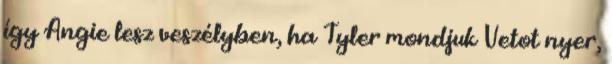
így Angie lesz veszélyben, ha Tyler mondjuk Vetot nyer,